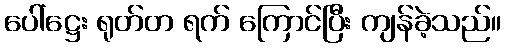
ပေါ်ဋ္ဌေး ရုတ်တ ရက် ကြောင်ပြီး ကျန်ခဲ့သည်။